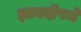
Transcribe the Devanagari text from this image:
ज्ञानदीपचे